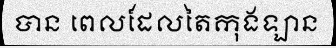
បាន ពេលដែលតៃកុងឡាន